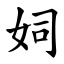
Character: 㚸